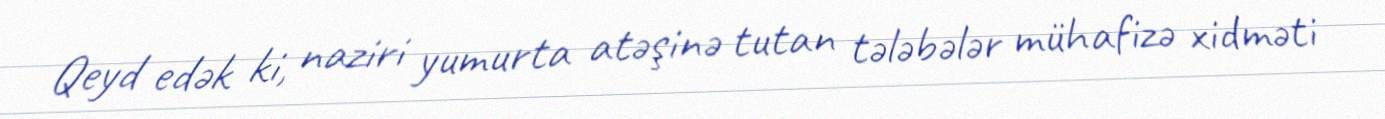
Qeyd edək ki, naziri yumurta atəşinə tutan tələbələr mühafizə xidməti